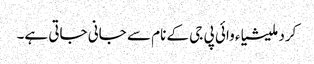
کرد ملیشیاء وائی پی جی کے نام سے جانی جاتی ہے۔